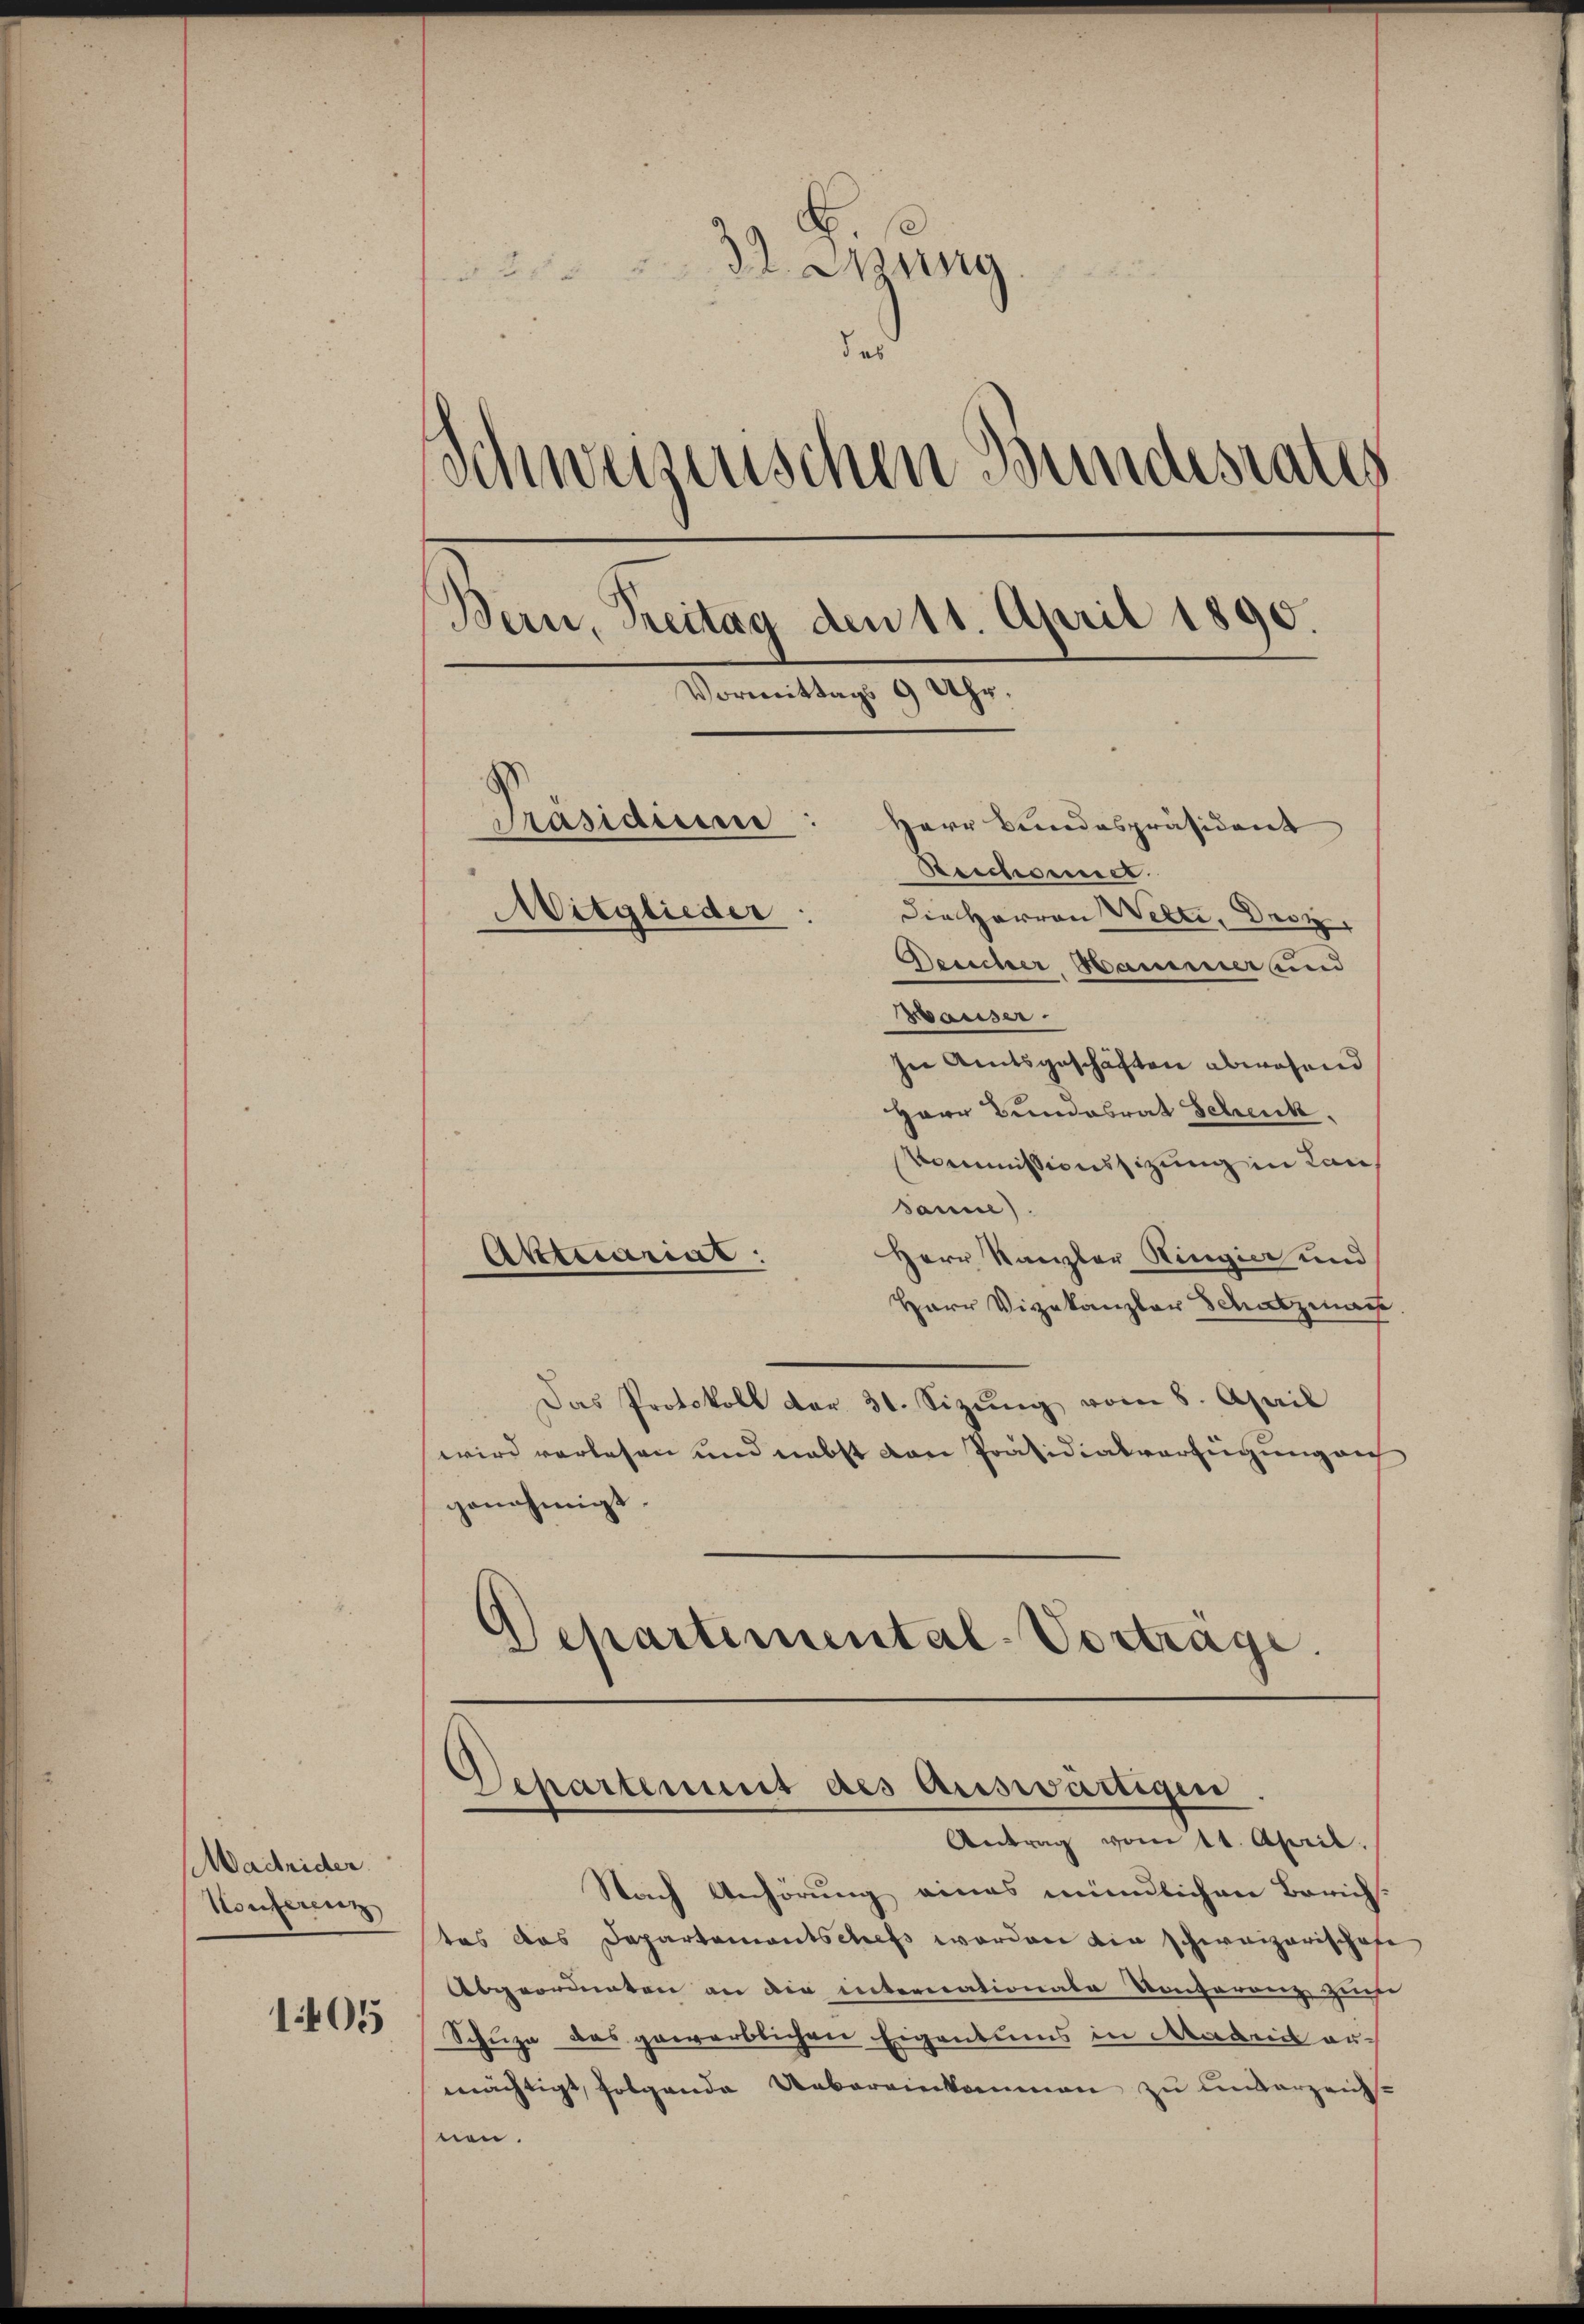
adrider.
Konferenz
1405

dung.
ab
Schweizerischen Bundesrates
Bern, Treitag den 11. April 1890.
Vormittags 9 Uhr.
Präsidium
Herr Bundespräsident
Reichsendet.
Mitglieder
Die Herren Wette, Droz,
Deucher Hammer und

Bauser.
sie Amtsgeschäften abwesend
Herr Bundesrat Schenk.
Kommissionssizung in Lansanne).
Herr Kanzler Ringier und
Aktuariat:
Herr Vizekanzler Schatzman
Das Protokoll der 31. Sizŭng vom 8. April
wird verlesen und nebst von Präsidialverfügung auf
genehmigt
Departemental-Vorträge.

Departement des auswärtigen.
Antrag vom 11. April.

Nach Anhörung eines mündlichen Zürich-
tes das Departementschefs worden die schweizerischofe
Abgeordneten an die internationale Konferenz zwiefe
Schuze das gewerblichen Eigentums in Madrid ermächtigt, folgende Uebereinkommen zu unverzeichnen.